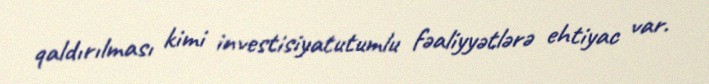
qaldırılması kimi investisiyatutumlu fəaliyyətlərə ehtiyac var.